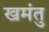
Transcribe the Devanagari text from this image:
खमंतु